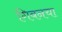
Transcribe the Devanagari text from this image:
गिबनचा